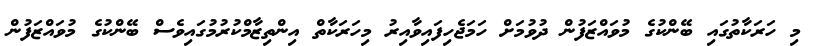
މި ހަރަކާތުގައި ބޭންކުގެ މުވައްޒަފުން ދުވުމަށް ހަމަޖެހިފައިވާއިރު މިހަރަކާތް އިންތިޒާމްކުރުމުގައިވެސް ބޭންކުގެ މުވައްޒަފުން